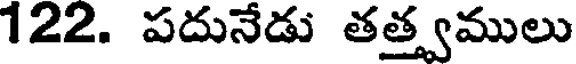
122. పదునేడు తత్త్వములు